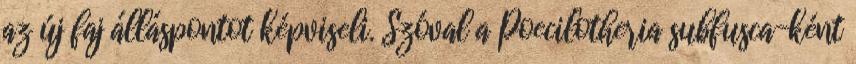
az új faj álláspontot képviseli. Szóval a Poecilotheria subfusca-ként